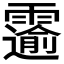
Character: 𫕲